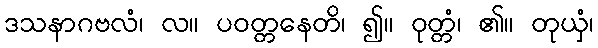
ဒသနာဂဗလံ၊ လ။ ပဝတ္တနေတိ၊ ၍။ ဝုတ္တံ၊ ၏။ တုယှံ၊